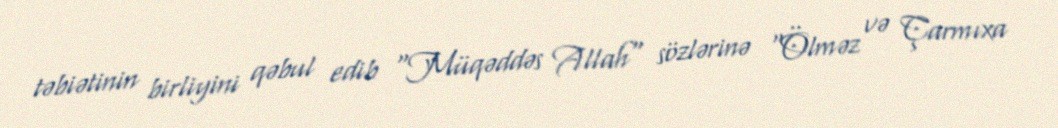
təbiətinin birliyini qəbul edib "Müqəddəs Allah" sözlərinə "Ölməz və Çarmıxa